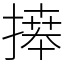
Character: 𢳎